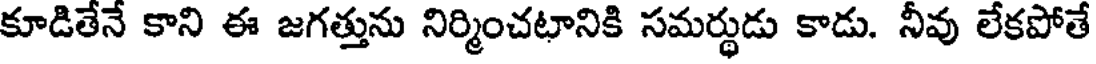
కూడితేనే కాని ఈ జగత్తును నిర్మించటానికి సమర్థుడు కాడు. నీవు లేకపోతే